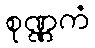
စုဏ္ဏကံ